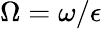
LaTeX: \Omega=\omega/\epsilon